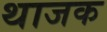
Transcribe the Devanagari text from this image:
थाजक